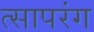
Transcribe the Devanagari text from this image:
त्सापरंग